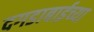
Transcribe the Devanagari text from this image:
दगडाबाईच्या